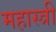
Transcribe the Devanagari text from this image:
महास्त्री